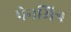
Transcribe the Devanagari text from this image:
पेनमित्र